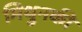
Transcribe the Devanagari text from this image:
मिथुनकी